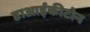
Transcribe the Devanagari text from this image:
डाआईकीटोन